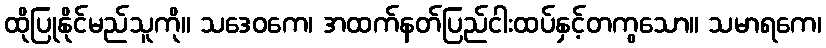
ထိုပြုနိုင်မည်သူကို။ သဒေဝကေ၊ အထက်နတ်ပြည်ငါးထပ်နှင့်တကွသော။ သမာရကေ၊